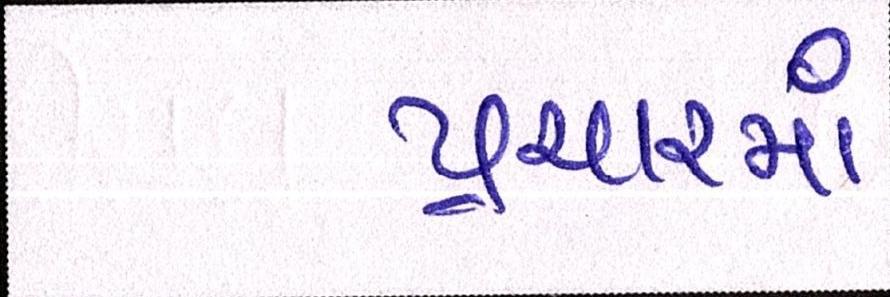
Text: પ્રચારમાં